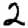
Digit: 2